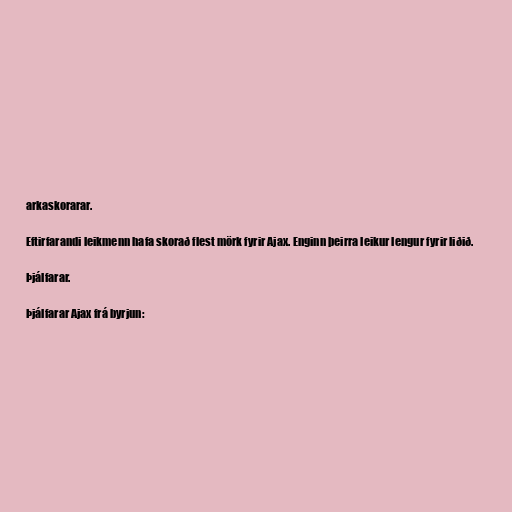
arkaskorarar.

Eftirfarandi leikmenn hafa skorað flest mörk fyrir Ajax. Enginn þeirra leikur lengur fyrir liðið.

Þjálfarar.

Þjálfarar Ajax frá byrjun: